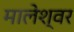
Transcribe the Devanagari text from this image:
मालेश्वर